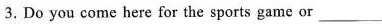
3.Do you come here for the sports game or___